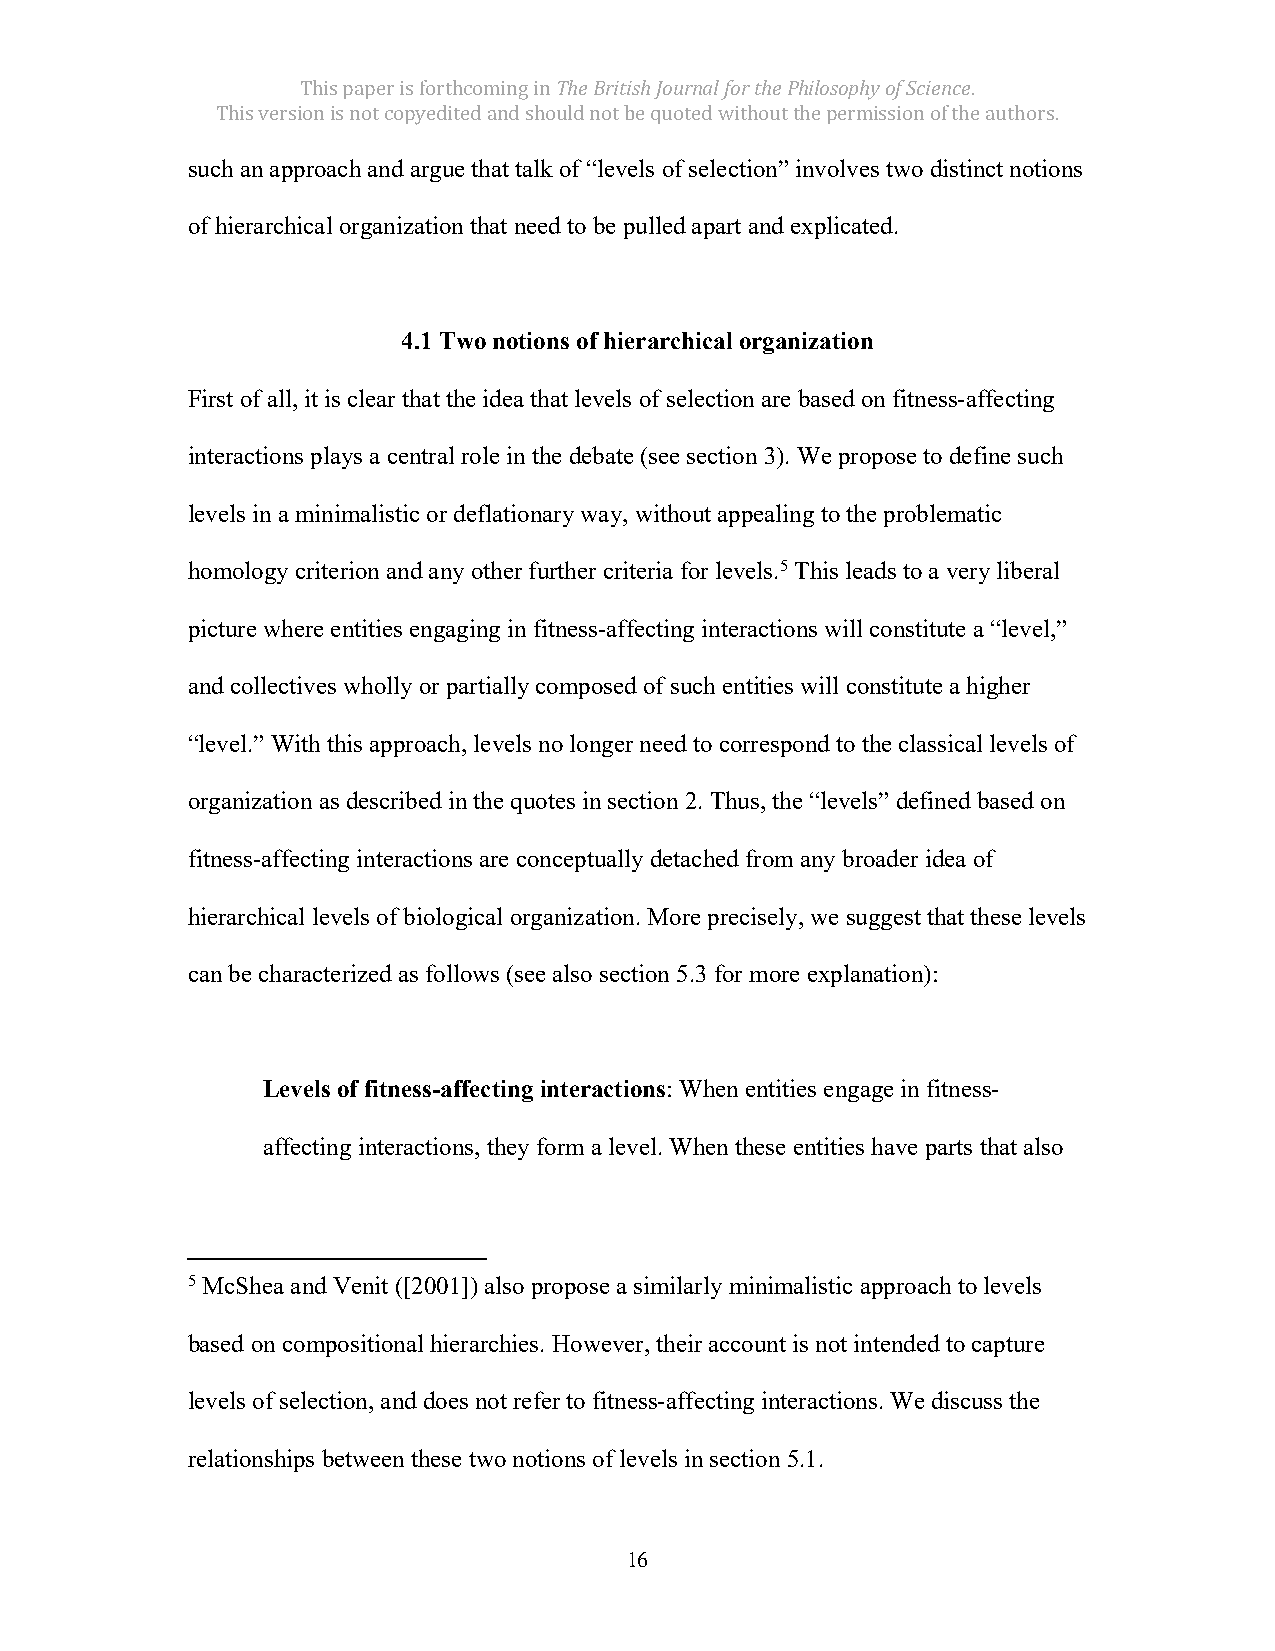
This paper is forthcoming in The British Journal for the Philosophy of Science.
 This version is not copyedited and should not be quoted without the permission of the authors.
 such an approach and argue that talk of “levels of selection” involves two distinct notions
 of hierarchical organization that need to be pulled apart and explicated.
 4.1 Two notions of hierarchical organization
 First of all, it is clear that the idea that levels of selection are based on fitness-affecting
 interactions plays a central role in the debate (see section 3). We propose to define such
 levels in a minimalistic or deflationary way, without appealing to the problematic
 homology criterion and any other further criteria for levels.5 This leads to a very liberal
 picture where entities engaging in fitness-affecting interactions will constitute a “level,”
 and collectives wholly or partially composed of such entities will constitute a higher
 “level.” With this approach, levels no longer need to correspond to the classical levels of
 organization as described in the quotes in section 2. Thus, the “levels” defined based on
 fitness-affecting interactions are conceptually detached from any broader idea of
 hierarchical levels of biological organization. More precisely, we suggest that these levels
 can be characterized as follows (see also section 5.3 for more explanation):
 Levels of fitness-affecting interactions: When entities engage in fitness-
 affecting interactions, they form a level. When these entities have parts that also
 5 McShea and Venit ([2001]) also propose a similarly minimalistic approach to levels
 based on compositional hierarchies. However, their account is not intended to capture
 levels of selection, and does not refer to fitness-affecting interactions. We discuss the
 relationships between these two notions of levels in section 5.1.
 16